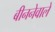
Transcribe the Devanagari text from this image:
बीननेवाले